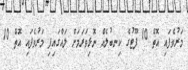
މަރުވެފައި އޮތް 10 ފޫޓުގެ ކިނބުލެއް ނޮޅިވަރަމަށް ލައްގައިފި މަރުވެފައި އޮތް 10